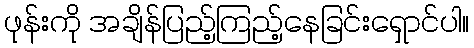
ဖုန်းကို အချိန်ပြည့်ကြည့်နေခြင်းရှောင်ပါ။